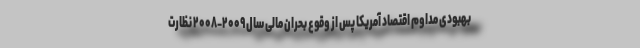
بهبودی مداوم اقتصاد آمریکا پس از وقوع بحران مالی سال ۲۰۰۹-۲۰۰۸ نظارت